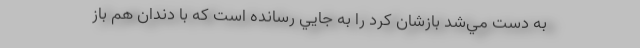
به دست مي‌شد بازشان كرد را به جايي رسانده است كه با دندان هم باز